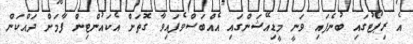
އެ ރިޕޯޓުގައި ބުނެފައި ވަނީ މީޑިއޭޝަންގައި އެއްބަސްވެފައިވާ ގޮތަށް އެކައުންޓިން ފާމަށް ދައްކަން